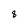
Character: 8